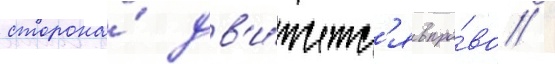
сторона́ дв'и́жетс'я впра́во /